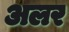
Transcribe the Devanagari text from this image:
अलर